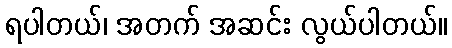
ရပါတယ်၊ အတက် အဆင်း လွယ်ပါတယ်။